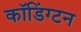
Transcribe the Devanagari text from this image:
कॉडिंग्टन